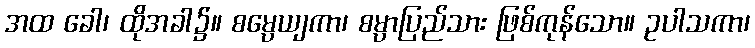
အထ ခေါ၊ ထိုအခါ၌။ စမ္ပေယျကာ၊ စမ္ပာပြည်သား ဖြစ်ကုန်သော။ ဥပါသကာ၊